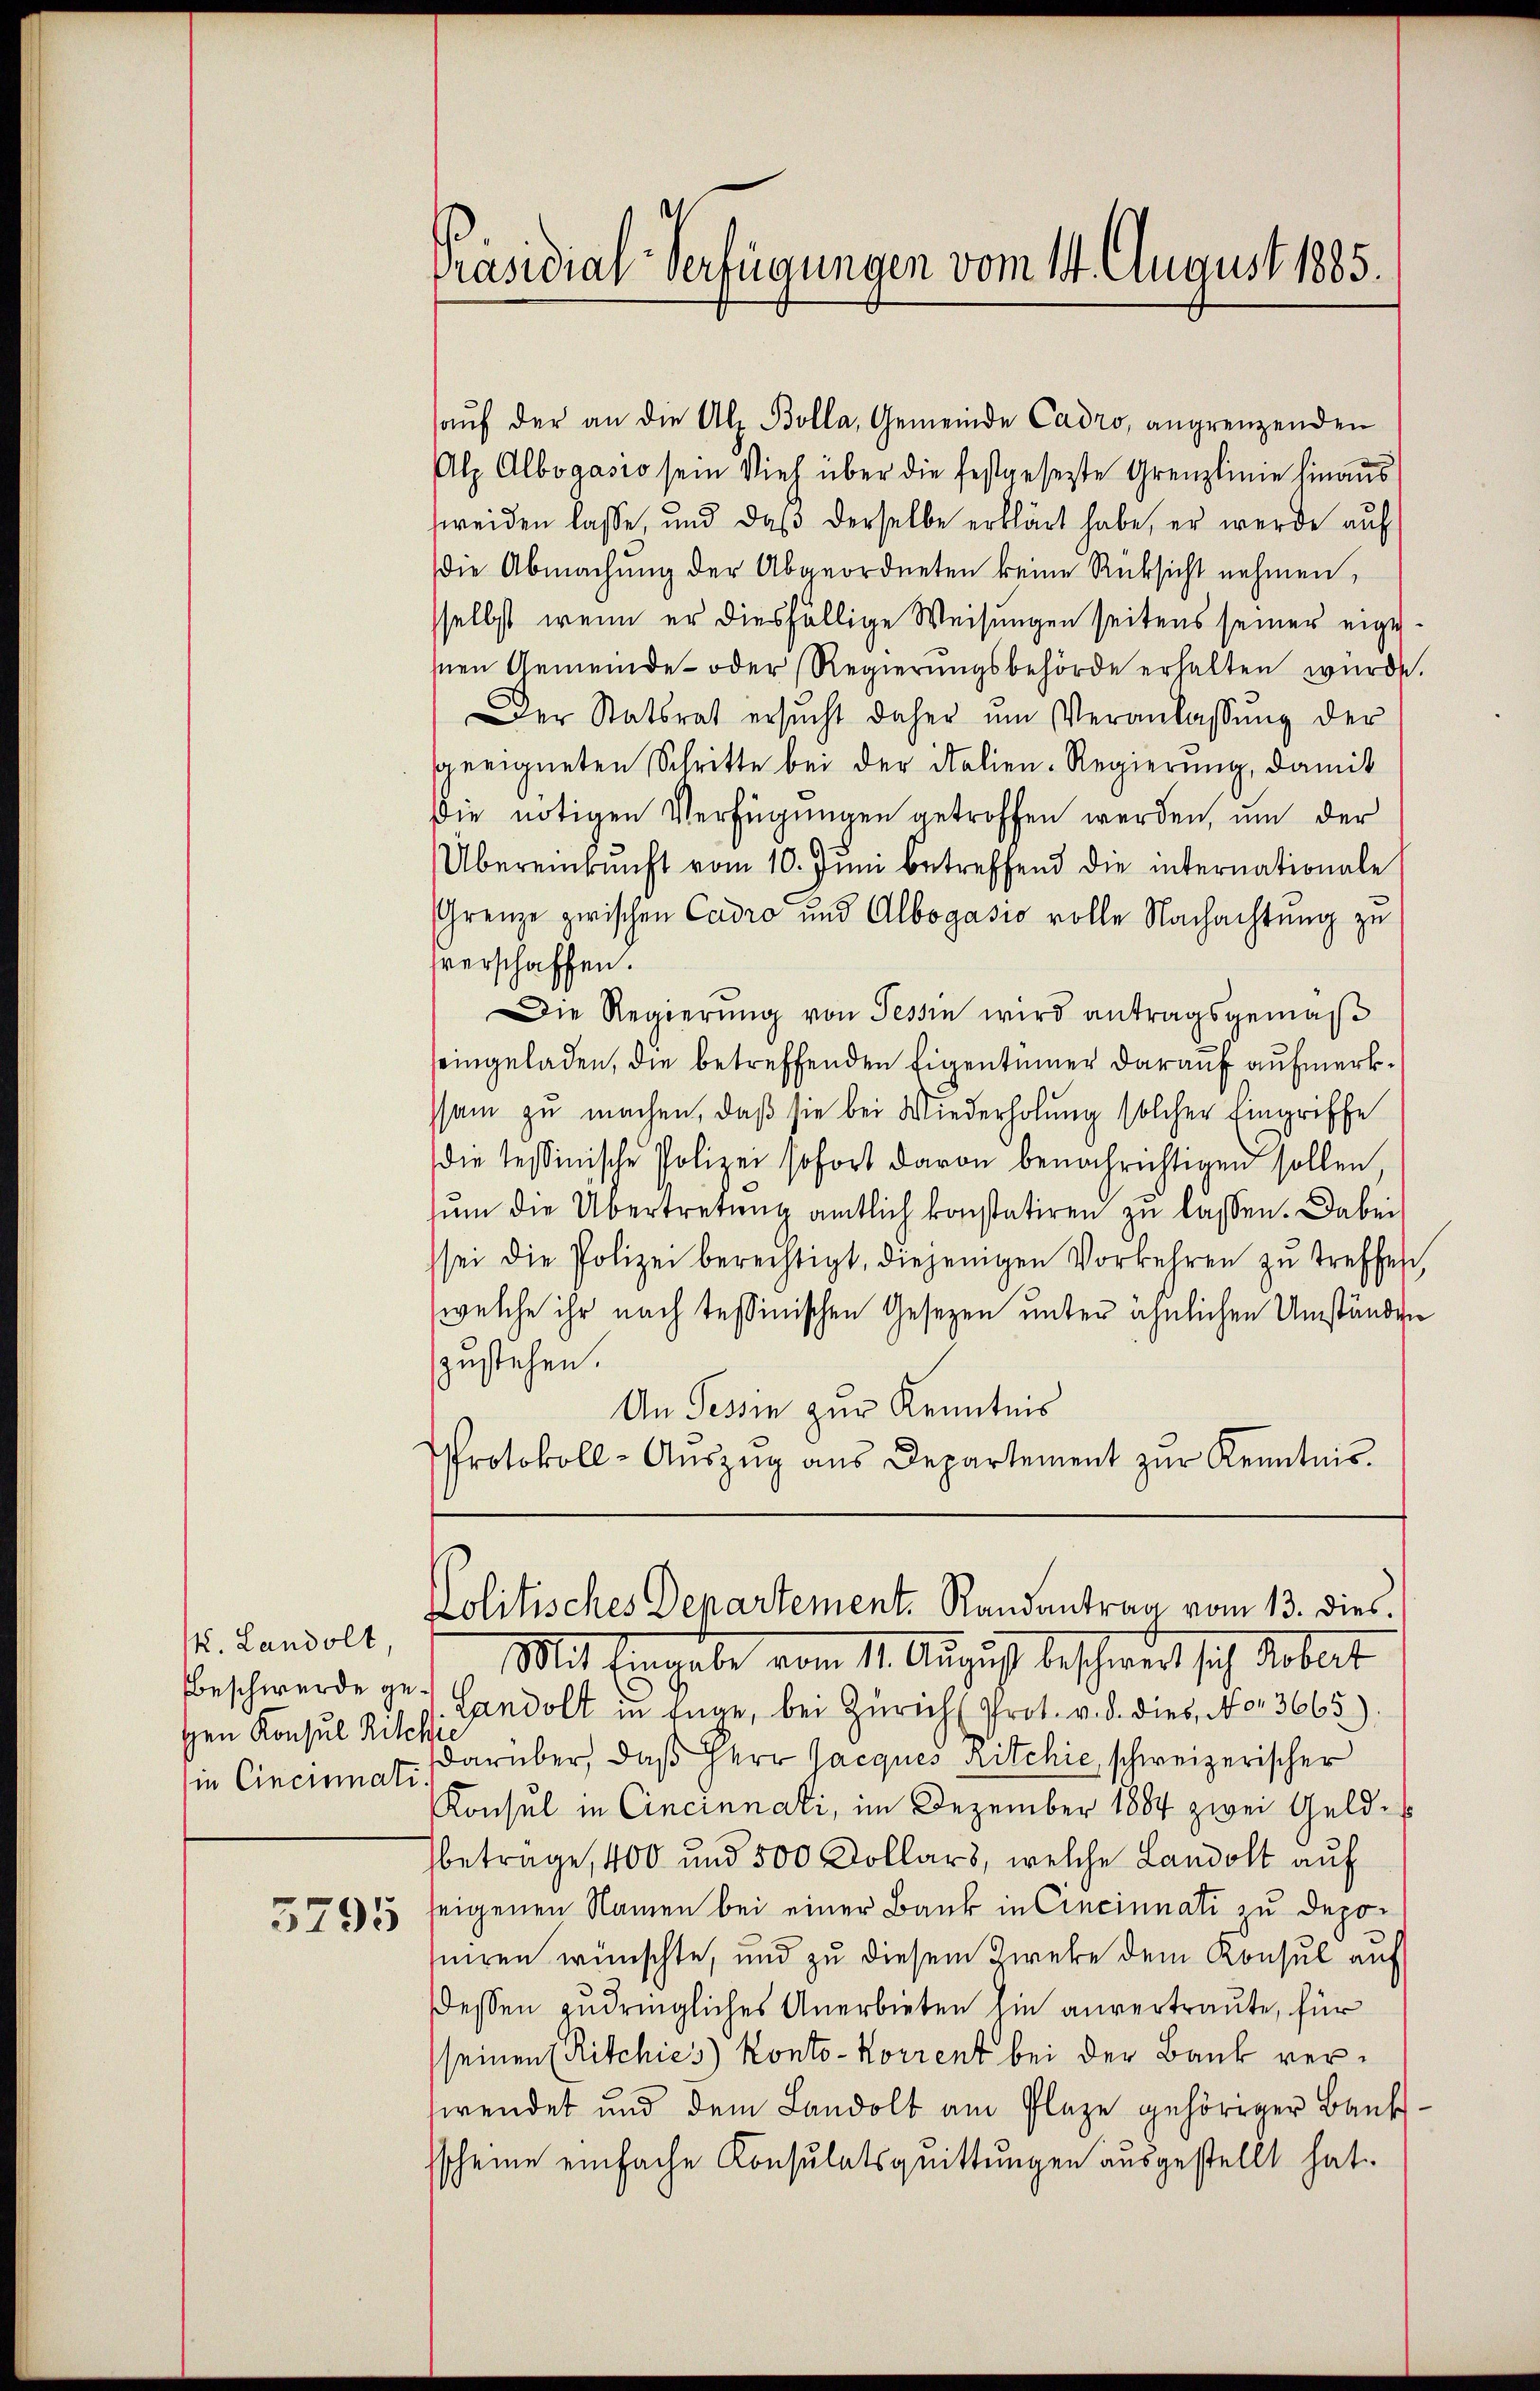
V. Landolt
Beschwerde gesen Konsul Ritc
in Cincinati

5795

Präsidial-Verfügungen vom 14. August 1885.

aŭf der an die Al. Bolla, Gemeinde Cadro, angrenzenden
Alz Albogasio sein Vieh über die festgesetzte Grenzlinie hinaus
weiden lasse, und daß derselbe erklärt habe, er werde auf
die Abmachung der Abgeordneten keine Rücksicht nehmen,
sselbst, wenn er diesfällige Weisungen seitens seiner eige
hnen Gemeinde- oder Regierungsbehörde erhalten wurde.
Der Statsrat ersŭcht daher ŭm Veranlassŭng der
geeigneten Schritte bei der Italien-Regierung, damit
Die nötigen Verfügungen getroffen werden, um der
Übereinkunft vom 10. Juni betreffend die internationale
Grenze zwischen Cadro und Albogasio volle Nachachtung zu
verschaffen.
Die Regierung von Tessin wird antragsgemäß
eingeladen, die betreffenden Eigentümer darauf aufmerkssam zu machen, daß sie bei Wiederholung solcher Eingriffe
die tessinische Polizei sofort davon benachrichtigen sollen,
ŭm die Übertretung amtlich konstatiren zu lassen. Dabei
sei die Polizei berechtigt, diejenigen Vorkehren zŭ treffen,
welche ihr nach Tessinischen Gesezen unter ähnlichen Umständen
zustehen.
An Tessin zur Kenntnis
Protokoll-Aŭszŭg aŭs Departement zŭr Kenntnis.
Politisches Departement. Randantrag vom 13. dies
Mit Eingabe vom 11. August beschwert sich darbeit
Landolt in Enge, bei Zürich Prot. v. d. dies, No. 3665)
¬
darüber, daß Herr Jacques Ritchie, schweizerischer
i
Konsul in Cincinnati, im Dezember 1884 zwei Geldbetrage, 400 und 500 Kollars, welche Landolt auf
seigenen Namen bei einer Bank in Cincinnati zu deponiren wünschte, und zu diesem Zweke dem Konsul auf
dessen zudringliches Anerbieten hin anvertraute, für
seinen (Ritchies) Konto-Korrent bei der Bank verswendet und dem Landolt am Plaze gehöriger Baut
scheine einfache Konsulatsquittungen ausgestellt hat.